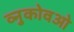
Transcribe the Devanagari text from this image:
व्नुकोवओ